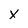
Character: x